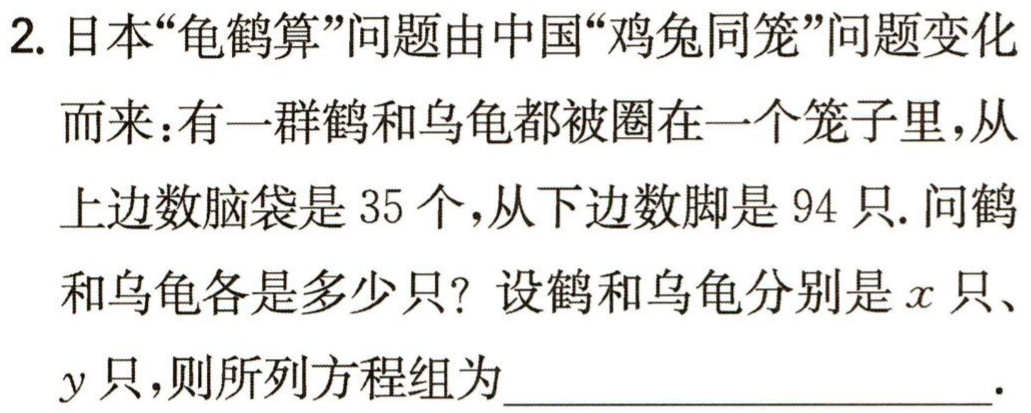
2. 日本“龟鹤算”问题由中国“鸡兔同笼”问题变化
而来：有一群鹤和乌龟都被圈在一个笼子里，从上边数脑袋是 35 个，从下边数脚是 94 只. 问鹤
和乌龟各是多少只？设鹤和乌龟分别是\(x\)只、
\(y\)只，则所列方程组为____________________.